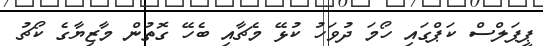
ޕީޕަލްސް ކަޕްގައި ހޯމަ ދުވަހު ކުޅޭ މެޗާއި ބެހޭ ގޮތުން މާޒިޔާގެ ކޯޗު